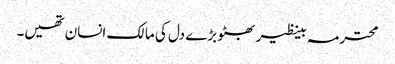
محترمہ بینظیر بھٹو بڑے دل کی مالک انسان تھیں۔